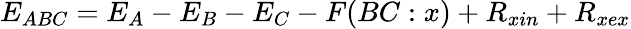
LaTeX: E_{ABC}=E_{A}-E_{B}-E_{C}-F(BC:x)+R_{xin}+R_{xex}